Malaria in the Punjab - Number 46
Disease focus: Malaria
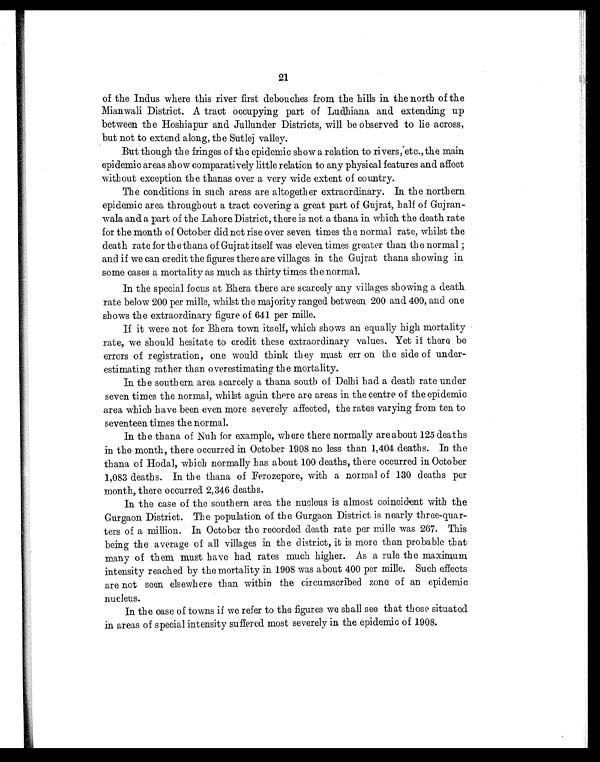
21
of the Indus where this river first debouches from the hills in the north of the
Mianwali District. A tract occupying part of Ludhiana and extending up
between the Hoshiapur and Jullunder Districts, will be observed to lie across,
but not to extend along, the Sutlej valley.
But though the fringes of the epidemic show a relation to rivers, etc., the main
epidemic areas show comparatively little relation to any physical features and affect
without exception the thanas over a very wide extent of country.
The conditions in such areas are altogether extraordinary. In the northern
epidemic area throughout a tract covering a great part of Gujrat, half of Gujran-
wala and a part of the Lahore District, there is not a thana in which the death rate
for the month of October did not rise over seven times the normal rate, whilst the
death rate for the thana of Gujrat itself was eleven times greater than the normal
; a n d i f w e c a n c r e d i t t h e f i g u r e s t h e r e a r e v i l l a g e s i n t h e G u j r a t t h a n a s h o w i n g i n
some cases a mortality as much as thirty times the normal.
In the special focus at Bhera there are scarcely any villages showing a death
rate below 200 per mille, whilst the majority ranged between 200 and 400, and one
shows the extraordinary figure of 641 per mille.
If it were not for Bhera town itself, which shows an equally high mortality
rate, we should hesitate to credit these extraordinary values. Yet if there be
errors of registration, one would think they must err on the side of under-
estimating rather than overestimating the mortality.
In the southern area scarcely a thana south of Delhi had a death rate under
seven times the normal, whilst again there are areas in the centre of the epidemic
area which have been even more severely affected, the rates varying from ten to
seventeen times the normal.
In the thana of Nuh for example, where there normally are about 125 deaths
in the month, there occurred in October 1908 no less than 1,404 deaths. In the
thana of Hodal, which normally has about 100 deaths, there occurred in October
1,083 deaths. In the thana of Ferozepore, with a normal of 130 deaths per
month, there occurred 2,346 deaths.
In the case of the southern area the nucleus is almost coincident with the
Gurgaon District. The population of the Gurgaon District is nearly three-quar-
ters of a million. In October the recorded death rate per mille was 267. This
being the average of all villages in the district, it is more than probable that
many of them must have had rates much higher. As a rule the maximum
intensity reached by the mortality in 1908 was about 400 per mille. Such effects
are not seen elsewhere than within the circumscribed zone of an epidemic
nucleus.
In the case of towns if we refer to the figures we shall see that those situated
in areas of special intensity suffered most severely in the epidemic of 1908.